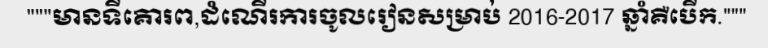
"""មានទីគោរព,ដំណើរការចូលរៀនសម្រាប់ 2016-2017 ឆ្នាំគឺបើក."""